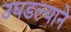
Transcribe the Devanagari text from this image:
उघडल्याने